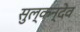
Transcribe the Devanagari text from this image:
सुल्कन्देव